Annual report of the Civil Veterinary Department, Bengal, for the year 1897-98 - 1897-1898
Year: 1897
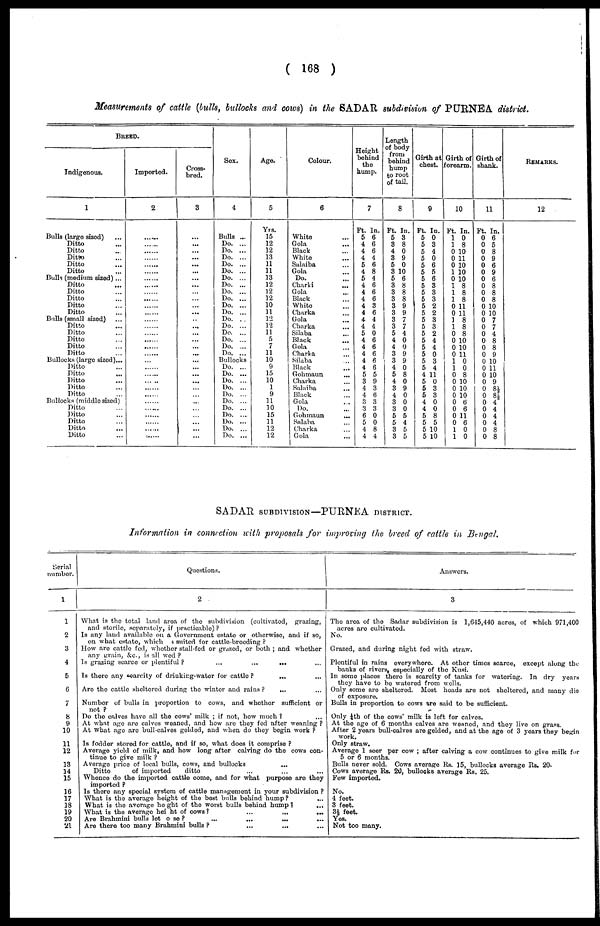
( 168 )
Measurements of cattle (bulls, bullocks and cows) in the SADAR subdivision of PURNEA district.
BREED.
Indigenous.
1
Bulls (large sized) ...
Ditto ...
Ditto ...
Ditto ...
Ditto ...
Ditto ...
Bulls (medium sized) ...
Ditto ...
Ditto ...
Ditto ...
Ditto ...
Ditto ...
Bulls (small sized) ...
Ditto ...
Ditto ...
Ditto ...
Ditto ...
Ditto ...
Bullocks (large sized)...
Ditto ...
Ditto ...
Ditto ...
Ditto ...
Ditto ...
Bullocks (middle sized)
Ditto ...
Ditto ...
Ditto ...
Ditto ...
Ditto ...
Imported.
2
......
.....
....
....
.....
......
.....
....
....
....
....
....
......
......
.....
.....
....
.....
.....
......
.....
....
......
..
......
......
......
......
......
......
Cross-
bred.
3
...
...
...
...
...
...
...
...
...
...
...
...
...
...
...
...
...
...
...
...
...
...
...
...
...
...
...
...
...
...
Sox.
4
Bulls ...
Do. ...
Do. ...
Do. ...
Do. ...
Do. ...
Do. ...
Do. ...
Do. ...
Do. ...
Do. ...
Do. ...
Do. ...
Do. ...
Do. ...
Do. ...
Do. ...
Do. ...
Bullocks
Do. ...
Do. ...
Do. ...
Do. ...
Do. ...
Do. ...
Do. ...
Do. ...
Do. ...
Do. ...
Do. ...
Ago.
5
Yrs.
15
12
12
13
11
11
13
12
12
12
10
11
12
12
11
5
7
11
10
9
15
10
1
9
11
10
15
11
12
12
Colour.
6
White ...
Gola ...
Black ...
White ...
Salaiba ...
Gola ...
Do. ...
Charki ...
Gola ...
Black ...
White ...
Charka ...
Gola ...
Charka ...
Silaba ...
Black ...
Gola ...
Charka ...
Silaba ...
Black ...
Gohmaun ...
Charka ...
Salaiba ...
Black
Gola ...
Do. ...
Gohmaun ...
Salaba ...
Charka ...
Gola ...
Height
behind
the
hump.
7
Ft. In.
5 6
4 6
4 6
4 4
5 6
4 8
5 4
4 6
4 6
4 6
4 3
4 6
4 4
4 4
5 0
4 6
4 6
4 6
4 6
4 6
5 5
3 9
4 3
4 6
3 3
3 3
6 0
5 0
4 8
4 4
Length
of body
from
behind
hump
to root
of tail.
8
Ft. In.
5 3
8 8
4 0
3 9
5 0
3 10
5 6
3 8
3 8
3 8
3 9
3 9
3 7
3 7
5 4
4 0
4 0
3 9
3 9
4 0
5 8
4 0
3 9
4 0
3 0
3 0
5 5
5 4
3 5
3 5
Girth at
chest.
9
Ft. In.
5 0
5 3
5 4
6 0
5 6
5 5
5 6
5 3
5 3
5 3
5 2
5 2
5 3
5 3
5 2
5 4
5 4
5 0
5 3
| 5 4
4 11
5 0
5 3
5 3
4 0
4 0
5 8
5 5
5 10
5 10
Girth of
forearm.
10
Ft. In.
1 0
1 8
0 10
0 11
0 10
1 10
0 10
1 8
1 8
1 8
0 11
0 11
1 8
1 8
0 8
0 10
0 10
0 11
1 0
1 0
0 8
0 10
0 10
0 10
0 6
0 6
0 11
0 6
1 0
Girth of
shank.
11
Ft. In.
0 6
0 5
0 8
0 9
0 6
0 9
0 6
0 8
0 8
0 8
0 10
0 10
0 7
0 7
0 4
0 8
0 8
0 9
0 10
0 11
0 10
0 9
0 8½
0 8½
0 4
0 4
0 4
0 4
0 8
0 8
REMARKS.
12
SADAR SUBDIVISION—PURNEA DISTRICT.
Information in connection with proposals for improving the breed of cattle in Bengal.
Serial
number.
1
1
2
3
4
5
6
7
8
9
10
11
12
13
14
15
16
17
18
19
20
21
Questions.
2
What is the total land area of the subdivision (cultivated, grazing,
and sterile, separately, if practicable) ?
Is any land available on a Government estate or otherwise, and if so,
on what estate, which $ suited for cattle-breeding ?
How are cattle fed, whether stall-fed or grazed, or both ; and whether
any grain, &c., is all wed ?
Is grazing scarce or plentiful ?
...
....
....
...
Is there any scarcity of drinking-water for cattle ?
...
...
Are the cattle sheltered during the winter and rains ?
... ...
Number of bulls in proportion to cows, and whether sufficient or
Do the calves have all the cows' milk ; if not, how much ?
At what age are calves weaned, and how are they fed after weaning ?
At what age are bull-calves gelded, and when do they begin work ?
Is fodder stored for cattle, and if so, what does it comprise ?
Average yield of milk, and how long after calving do the cows con-
tinue to give milk ?
Average price of local bulls, cows, and bullocks ...
Ditto
of imported
ditto ... ... ...
Whence do the imported cattle come, and for what purpose are they
imported ?
Is there any special system of cattle management in your subdivision ?
What is the average height of the best bulls behind hump?
...
What is the average height of the worst bulls behind hump ? ...
What is the average height of cows?
...
...
...
Are Brahmini bulls lot o se ? ... .........
Are there too many Brahmini bulls ? ... ... ...
Answers.
3
The area of the Sadar subdivision is 1,645,440 acres, of which 971,400
acres are cultivated.
No.
Grazed, and during night fed with straw.
Plentiful in rains everywhere. At other times scarce, except along the-
banks of rivers, especially of the Kusi.
In some places there is scarcity of tanks for watering. In dry years
they have to bo watered from wells.
Only some are sheltered. Most heads are not sheltered, and many die
of exposure
Bulls in proportion to cows are said to be sufficient.
Only ¼th of the cows' milk is loft for calves.
At the age of 6 months calves are weaned, and they live on grass.
After 2 years bull-calves are gelded, and at the age of 3 years they begin
Only straw.
Average 1 seer per cow ; after calving a cow continues to give milk fur
5 or 6 months.
Bulls never sold. Cows average Rs. 15, bullocks average Rs. 20.
Cows average Rs. 20, bullocks average Rs. 25.
Few imported.
No.
1 feet.
3 feet.
3½ feet.
Yes.
Not too many.